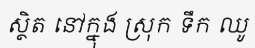
ស្ថិត នៅក្នុង ស្រុក ទឹក ឈូ